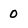
Character: O